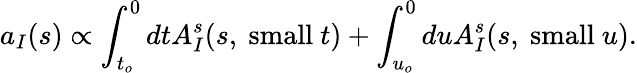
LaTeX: a_{I}(s)\propto\int_{t_{o}}^{0}dtA_{I}^{s}(s,\ \mathrm{small}\ t)+\int_{u_{o}}^{0}duA_{I}^{s}(s,\ \mathrm{small}\ u).